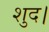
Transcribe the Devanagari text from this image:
शुद।